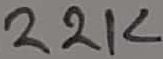
Text: 22K